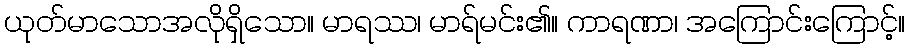
ယုတ်မာသောအလိုရှိသော။ မာရဿ၊ မာရ်မင်း၏။ ကာရဏာ၊ အကြောင်းကြောင့်။